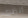
أنظرى